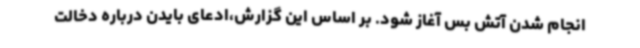
انجام شدن آتش بس آغاز شود. بر اساس این گزارش،ادعای بایدن درباره دخالت